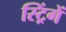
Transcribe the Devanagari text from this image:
स्ट्रिंगें